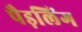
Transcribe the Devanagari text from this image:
पैड़लिंग